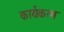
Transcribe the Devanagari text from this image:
कार्यकरम